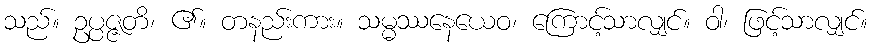
သည်။ ဥပ္ပဇ္ဇတိ၊ ၏။ တနည်းကား။ သမ္မဿနေယေဝ၊ ကြောင့်သာလျှင်။ ဝါ၊ ဖြင့်သာလျှင်။